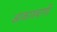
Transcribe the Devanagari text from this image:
आकाश्बाणी